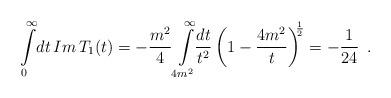
LaTeX: \begin{align*}\int\limits^{\infty}_{0}\!dt\,Im\,T_{1}(t)=-\frac{m^2}{4}\int\limits^{\infty}_{4m^{2}}\!\!\frac{dt}{t^{2}}\left(1-\frac{4m^{2}}{t}\right)^{\hspace{-3pt}\frac{1}{2}}=-\frac{1}{24} \enspace .\end{align*}